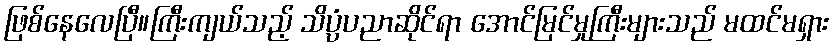
ဖြစ်နေလေပြီ။ကြီးကျယ်သည့် သိပ္ပံပညာဆိုင်ရာ အောင်မြင်မှုကြီးများသည် မထင်မရှား